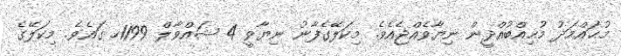
މުޙައްމަދު މުޙިއްބުއްދީން ނިޔާވެއްޖެއެވެ. މިކަލޭގެފާނު ނިޔާވީ 4 ޝައްވާލް 1199ހ ގައެވެ. މިކަލޭގެ